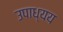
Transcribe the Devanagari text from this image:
उपाध्यय